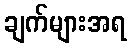
ချက်များအရ